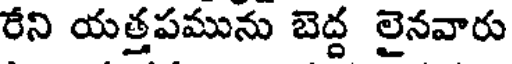
రేని యత్తపమును బెద్ద లైనవారు